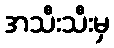
အသီးသီးမှ